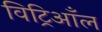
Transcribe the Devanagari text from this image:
विट्रिआँल